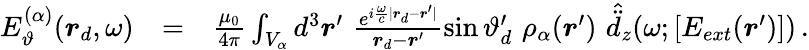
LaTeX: \begin{array}{rlr}{E_{\vartheta}^{(\alpha)}(\boldsymbol{r}_{d},\omega)}&{=}&{\frac{\mu_{0}}{4\pi}\int_{V_{\alpha}}d^{3}\boldsymbol{r}^{\prime}\, \, \frac{e^{i\frac{\omega}{c}|\boldsymbol{r}_{d}-\boldsymbol{r}^{\prime}|}}{\boldsymbol{r}_{d}-\boldsymbol{r}^{\prime}}\sin\vartheta_{d}^{\prime}\, \, \rho_{\alpha}(\boldsymbol{r}^{\prime})\, \, \hat{\ddot{d}}_{z}(\omega;[E_{ext}(\boldsymbol{r}^{\prime})])\, .}\end{array}